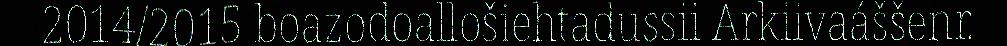
2014/2015 boazodoallošiehtadussii Arkiivaáššenr.